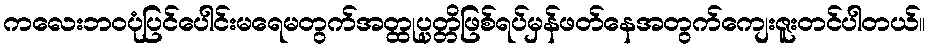
ကလေးဘဝပုံပြင်ပေါင်းမရေမတွက်အတ္ထုပ္ပတ္တိဖြစ်ရပ်မှန်ဖတ်နေအတွက်ကျေးဇူးတင်ပါတယ်။